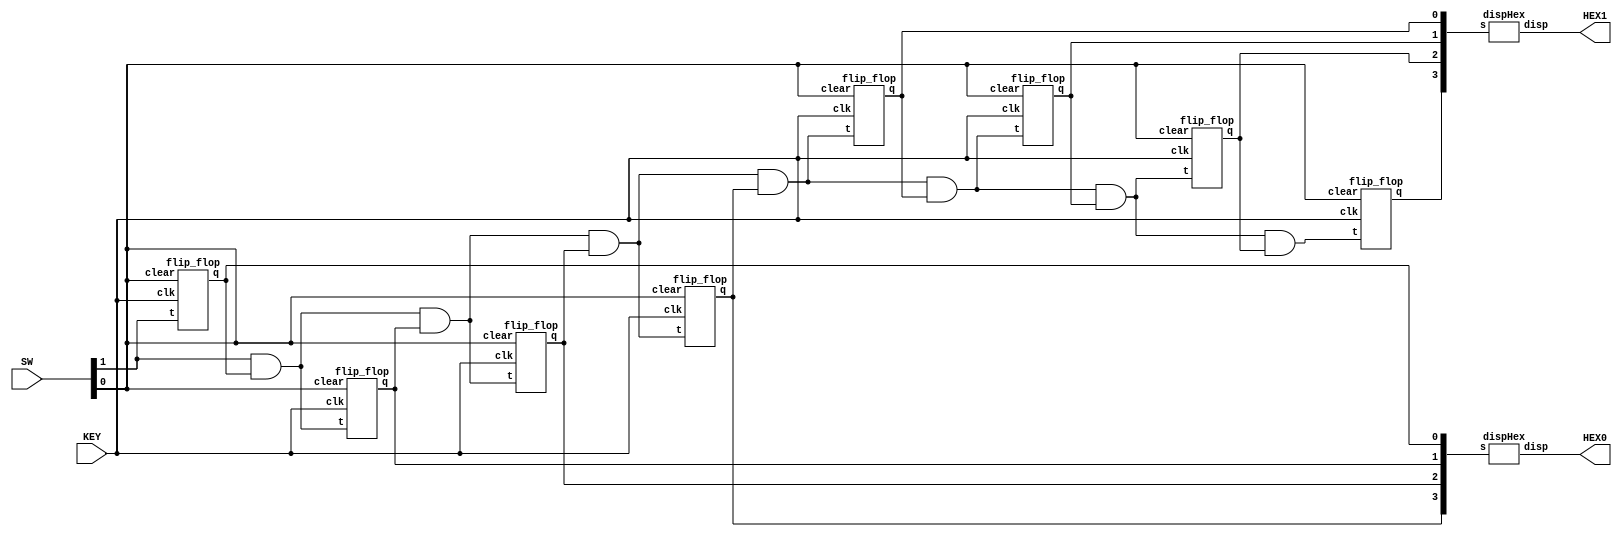
module part3(SW, KEY, HEX0, HEX1);
	// Assigning inputs and outputs
	input [9:0] SW;
	input [0:0] KEY;
	output [0:6] HEX0, HEX1;
	
	// Wires
	wire clk, enable, clear;
	wire [7:0] Q;
	
	// Assignments
	assign clk = KEY[0];
	assign enable = SW[1];
	assign clear = SW[0];
	
	// Logic
	flip_flop T0 (enable, clk, clear, Q[0]);
	flip_flop T1 ((enable & Q[0]), clk, clear, Q[1]);
	flip_flop T2 ((enable & Q[0] & Q[1]), clk, clear, Q[2]);
	flip_flop T3 ((enable & Q[0] & Q[1] & Q[2]), clk, clear, Q[3]);
	flip_flop T4 ((enable & Q[0] & Q[1] & Q[2] & Q[3]), clk, clear, Q[4]);
	flip_flop T5 ((enable & Q[0] & Q[1] & Q[2] & Q[3] & Q[4]), clk, clear, Q[5]);
	flip_flop T6 ((enable & Q[0] & Q[1] & Q[2] & Q[3] & Q[4] & Q[5]), clk, clear, Q[6]);
	flip_flop T7 ((enable & Q[0] & Q[1] & Q[2] & Q[3] & Q[4] & Q[5] & Q[6]), clk, clear, Q[7]);
	
	dispHex H0 (Q[3:0], HEX0);
	dispHex H1 (Q[7:4], HEX1);
endmodule

module flip_flop(t, clk, clear, q);
	// Assigning inputs and outputs
	input t, clk, clear;
	output reg q;
	
	// Wires
	
	always @(posedge clk or negedge clear)
		if (~clear)
			q <= 1'b0;
		else if (t)
			q <= ~q;
endmodule

module dispHex(s, disp);
	// Assigning inputs and outputs
	input [3:0] s;
	output [0:6] disp;
	
	// Logic
	assign disp[0]=(~s[3]&~s[2]&~s[1]& s[0]) | (~s[3]& s[2]&~s[1]&~s[0]) | ( s[3]&~s[2]& s[1]& s[0]) | ( s[3]& s[2]&~s[1]& s[0]);
	assign disp[1]=(~s[3]& s[2]&~s[1]& s[0]) | (~s[3]& s[2]& s[1]&~s[0]) | ( s[3]&~s[2]& s[1]& s[0]) | ( s[3]& s[2]&~s[1]&~s[0]) | ( s[3]& s[2]& s[1]);
	assign disp[2]=(~s[3]&~s[2]& s[1]&~s[0]) | ( s[3]& s[2]&~s[1]&~s[0]) | ( s[3]& s[2]& s[1]);
	assign disp[3]=(~s[3]&~s[2]&~s[1]& s[0]) | (~s[3]& s[2]&~s[1]&~s[0]) | (~s[3]& s[2]& s[1]& s[0]) | ( s[3]&~s[2]& s[1]&~s[0]) | ( s[3]& s[2]& s[1]& s[0]);
	assign disp[4]=(~s[3]&~s[2]&~s[1]& s[0]) | (~s[3]&~s[2]& s[1]& s[0]) | (~s[3]& s[2]&~s[1]&~s[0]) | ( s[3]&~s[2]&~s[1]& s[0]) | (~s[3]& s[2]& s[0]);
	assign disp[5]=(~s[3]&~s[2]&~s[1]& s[0]) | (~s[3]& s[2]& s[1]& s[0]) | ( s[3]& s[2]&~s[1]& s[0]) | (~s[3]&~s[2]& s[1]);
	assign disp[6]=(~s[3]& s[2]& s[1]& s[0]) | ( s[3]& s[2]&~s[1]&~s[0]) | (~s[3]&~s[2]&~s[1]);
endmodule